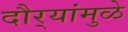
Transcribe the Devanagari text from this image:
दौर्‍यांमुळे